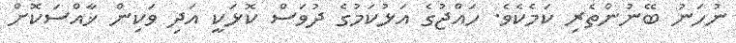
ނުހަނު ބޭނުންތެރި ކަމެކެވެ. ހައްޖުގެ އަޅުކަމުގެ ދުވަސް ކޮޅަކީ އަދި ވަކިން ޚާއްސަކޮށް